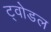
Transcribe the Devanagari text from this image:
ट्वोडल